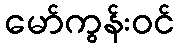
မော်ကွန်းဝင်